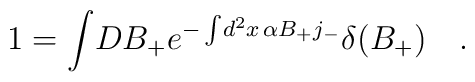
1=\int \! D B_{+}  e^{-\int \! d^2 x \, \alpha  B_{+} j_{-} }  \delta(B_{+})   \quad.